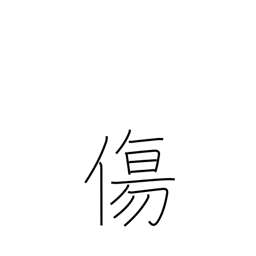
Meaning: weak point